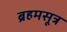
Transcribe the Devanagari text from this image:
ब्रहमसूत्र